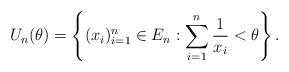
LaTeX: \begin{align*}U_n(\theta) = \left\{(x_i)_{i=1}^n \in E_n: \sum_{i=1}^n \frac{1}{x_i} < \theta \right\}.\end{align*}